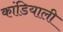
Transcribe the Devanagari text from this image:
कांडियाली